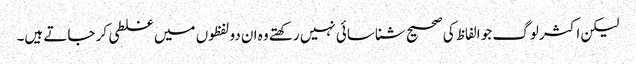
لیکن اکثر لوگ جو الفاظ کی صحیح شناسائی نہیں رکھتے وہ ان دو لفظوں میں غلطی کر جاتے ہیں۔